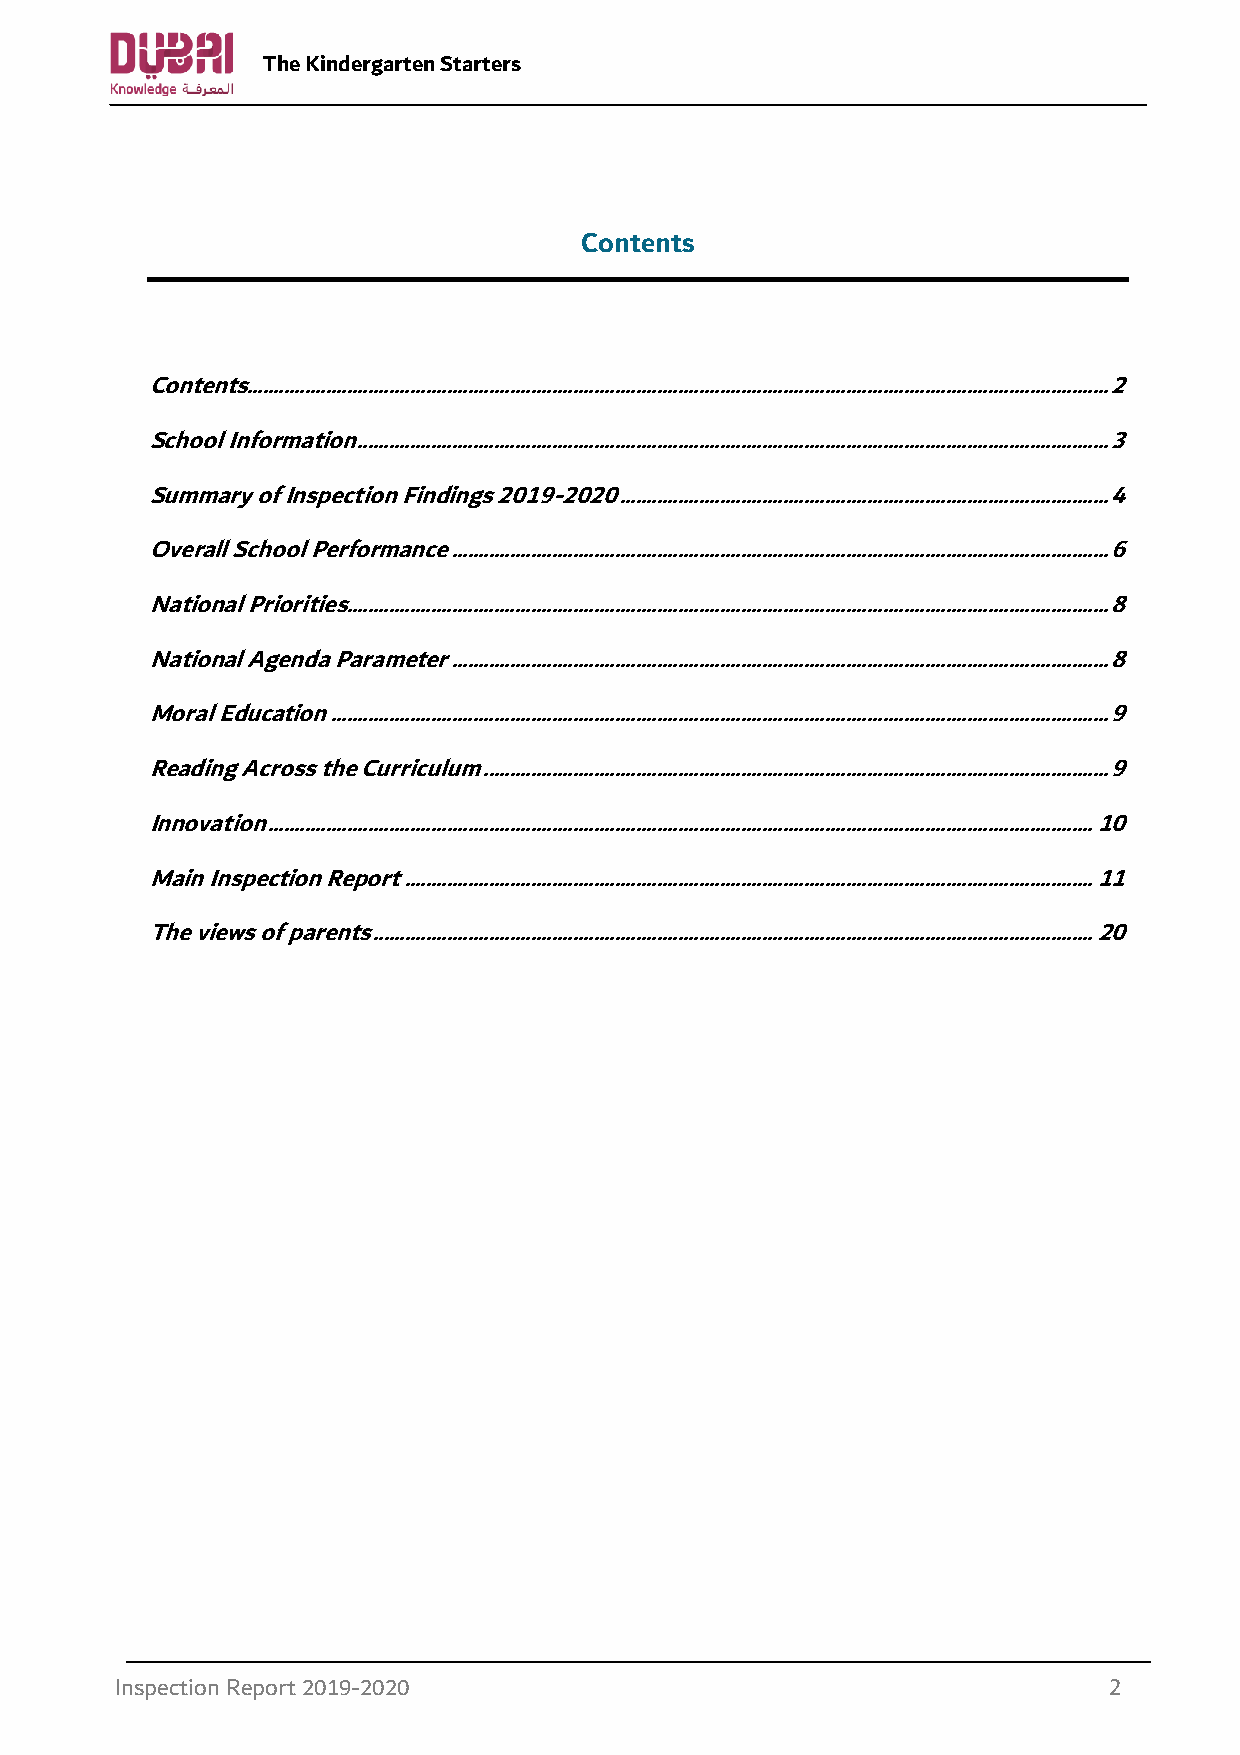
The Kindergarten Starters
 Contents
 Contents.................................................................................................................................................................... 2
 School Information ............................................................................................................................................... 3
 Summary of Inspection Findings 2019-2020 ............................................................................................. 4
 Overall School Performance ............................................................................................................................. 6
 National Priorities ................................................................................................................................................. 8
 National Agenda Parameter ............................................................................................................................. 8
 Moral Education .................................................................................................................................................... 9
 Reading Across the Curriculum ....................................................................................................................... 9
 Innovation ............................................................................................................................................................. 10
 Main Inspection Report ................................................................................................................................... 11
 The views of parents ......................................................................................................................................... 20
 Inspection Report 2019-2020                                      2